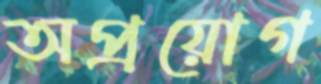
অপ্রয়োগ